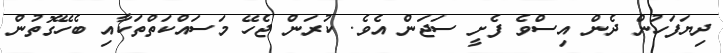
ދިޔަފަހުން ދެން އިސްވެ ފެށީ ސަޖަން އެވެ. ކުރަން ޖެހޭ މަސައްކަތްތަކާއި ބެހޭގޮތުން